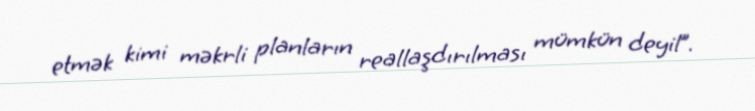
etmək kimi məkrli planların reallaşdırılması mümkün deyil”.